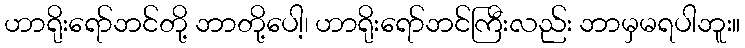
ဟာရိုးရော်ဘင်တို့ ဘာတို့ပေါ့၊ ဟာရိုးရော်ဘင်ကြီးလည်း ဘာမှမရပါဘူး။